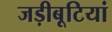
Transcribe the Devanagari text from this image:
जड़ीबूटियां